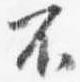
不